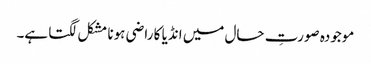
موجودہ صورتِ حال میں انڈیا کا راضی ہونا مشکل لگتا ہے۔